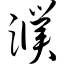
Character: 濮